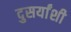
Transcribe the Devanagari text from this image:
दुसर्यांशी